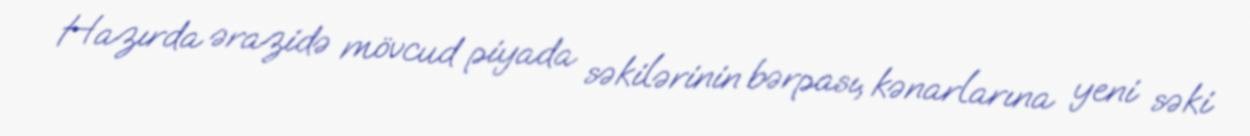
Hazırda ərazidə mövcud piyada səkilərinin bərpası, kənarlarına yeni səki